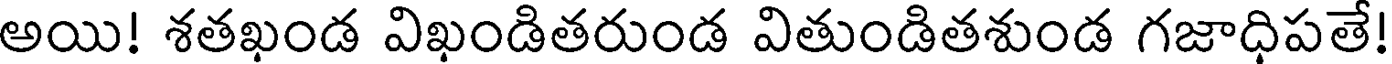
అయి! శతఖండ విఖండితరుండ వితుండితశుండ గజాధిపతే!